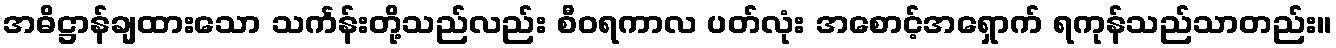
အဓိဋ္ဌာန်ချထားသော သင်္ကန်းတို့သည်လည်း စီဝရကာလ ပတ်လုံး အစောင့်အရှောက် ရကုန်သည်သာတည်း။